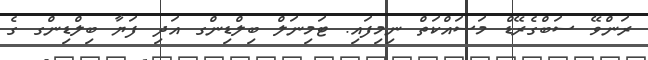
ރަންވޭ ސަބްގެރޭޑް މަސައްކަތް ނިމިފައި. ޓަމިނަލް ބިލްޑިންގ އަދި ފަޔާ ބިލްޑިންގ ގެ